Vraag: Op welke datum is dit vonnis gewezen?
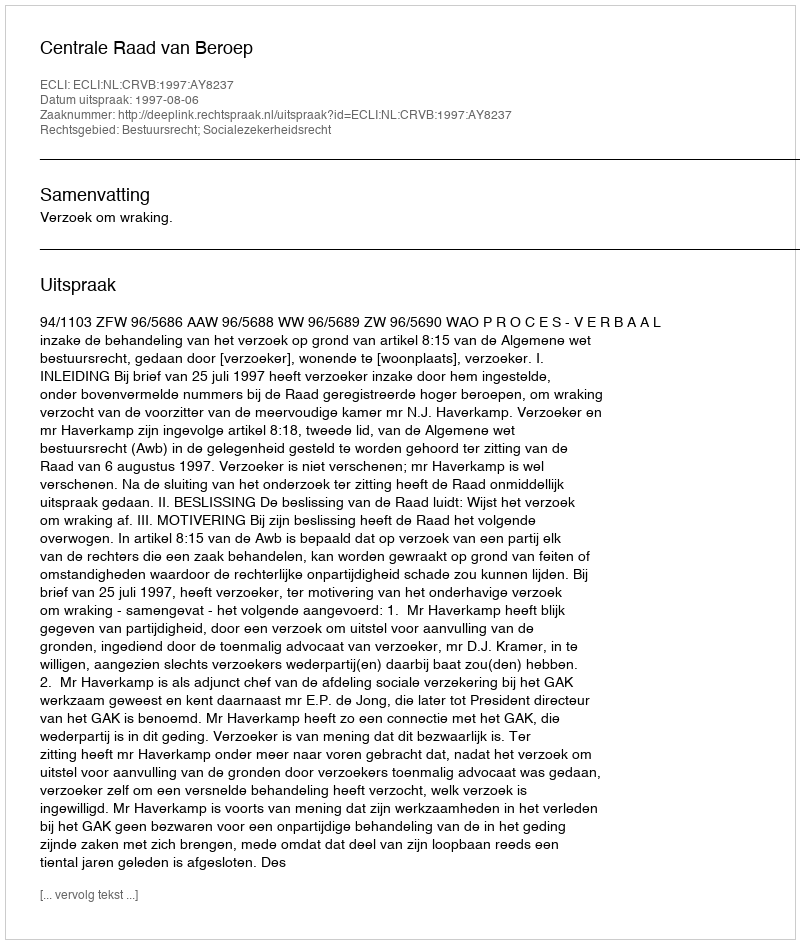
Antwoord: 1997-08-06